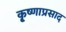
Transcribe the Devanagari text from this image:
कृ्ष्णाप्रसाद